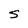
Character: S